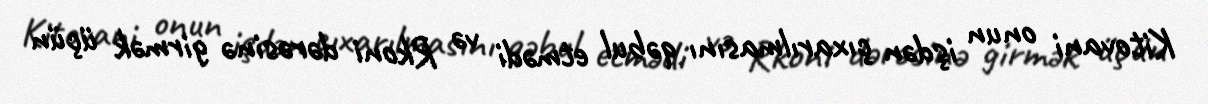
Kitovani onun işdən çıxarılmasını qəbul etmədi və Rkoni dərəsinə girmək üçün